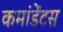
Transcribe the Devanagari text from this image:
कमांडेंटस